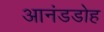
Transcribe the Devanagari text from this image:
आनंडडोह